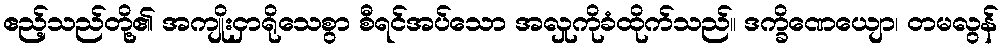
ဧည့်သည်တို့၏ အကျိုးငှာရိုသေစွာ စီရင်အပ်သော အလှုကိုခံထိုက်သည်။ ဒက္ခိဏေယျော၊ တမလွန်